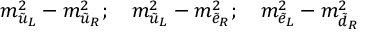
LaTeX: m _ { \tilde { u } _ { L } } ^ { 2 } - m _ { \tilde { u } _ { R } } ^ { 2 } ; \quad m _ { \tilde { u } _ { L } } ^ { 2 } - m _ { \tilde { e } _ { R } } ^ { 2 } ; \quad m _ { \tilde { e } _ { L } } ^ { 2 } - m _ { \tilde { d } _ { R } } ^ { 2 }